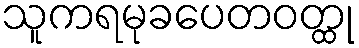
သူကရမုခပေတဝတ္ထု